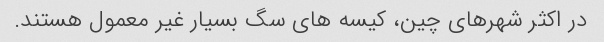
در اکثر شهرهای چین، کیسه های سگ بسیار غیر معمول هستند.